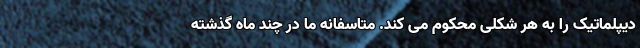
دیپلماتیک را به هر شکلی محکوم می کند. متاسفانه ما در چند ماه گذشته